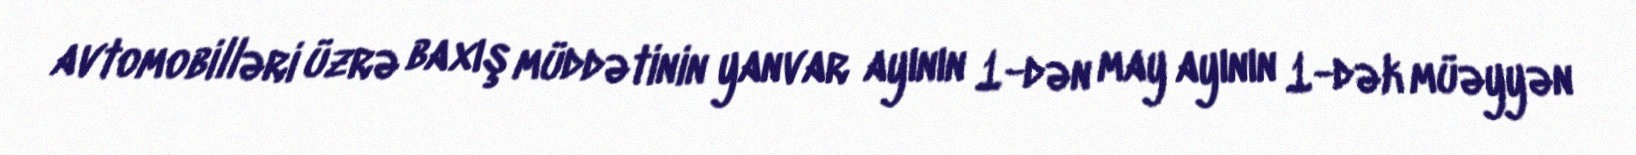
avtomobilləri üzrə baxış müddətinin yanvar ayının 1-dən may ayının 1-dək müəyyən